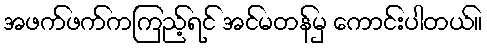
အဖက်ဖက်ကကြည့်ရင် အင်မတန်မှ ကောင်းပါတယ်။